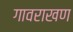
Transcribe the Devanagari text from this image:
गावराखण